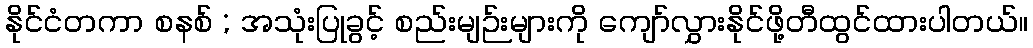
နိုင်ငံတကာ စနစ် ; အသုံးပြုခွင့် စည်းမျဉ်းများကို ကျော်လွှားနိုင်ဖို့တီထွင်ထားပါတယ်။